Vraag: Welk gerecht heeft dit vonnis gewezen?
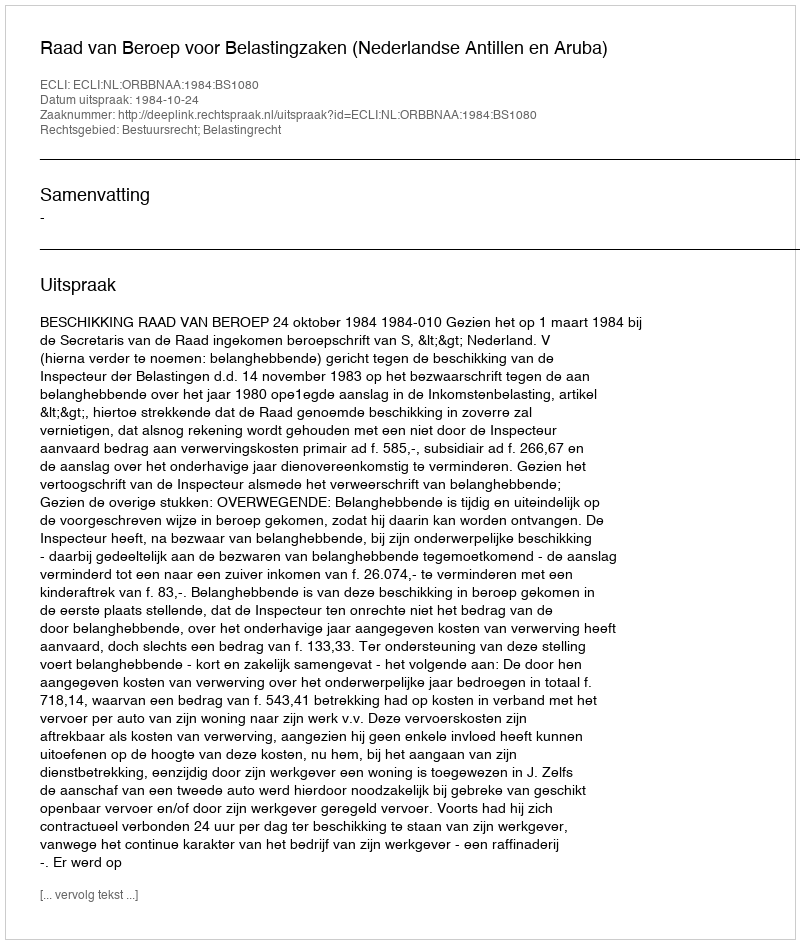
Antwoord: Raad van Beroep voor Belastingzaken (Nederlandse Antillen en Aruba)